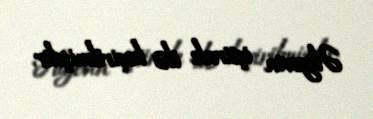
Əliyevin iştirakı ilə keçirilmişdir.